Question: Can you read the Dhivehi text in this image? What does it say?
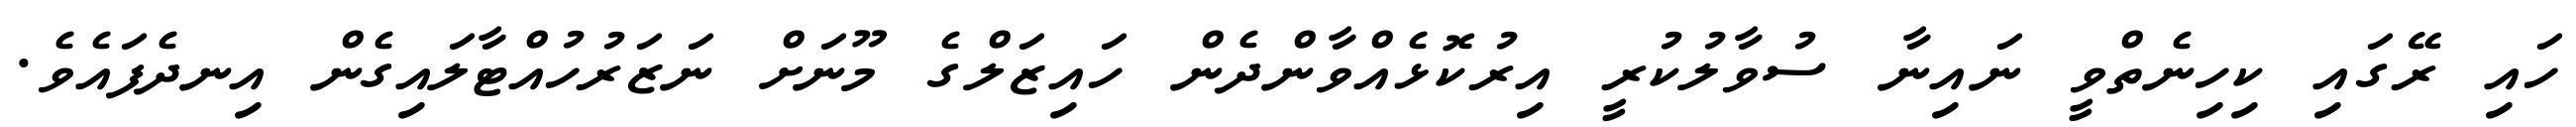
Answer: ހައި ރޭގައި ކިހިނެތްވީ ނައިނާ ސުވާލުކުރީ އިރުކޮޅެއްވާންދެން ހައިޒަލްގެ މޫނަށް ނަޒަރުހުއްޓާލައިގެން އިނދެފައެވެ.